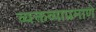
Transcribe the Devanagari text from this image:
व्यक्तव्याप्रमाणे